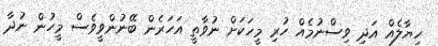
ހިޔާލެއް އަދި ވިސްނުމެއް ހުރި މީހަކަށް ނުވާތީ އަހަރެން ބޭނުންވީވެސް މީހުން ނުދާ